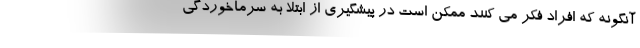
آنگونه که افراد فکر می کنند ممکن است در پیشگیری از ابتلا به سرماخوردگی